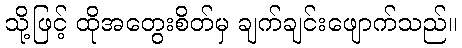
သို့ဖြင့် ထိုအတွေးစိတ်မှ ချက်ချင်းဖျောက်သည်။